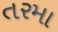
તરમા